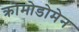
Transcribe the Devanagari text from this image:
क्रोमोडोमेन